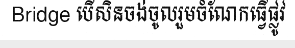
Bridge បើសិនចង់ចូលរួមចំណែកធ្វើផ្លូវ